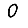
Digit: 0